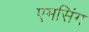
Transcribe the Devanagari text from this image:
एमसिंग